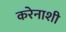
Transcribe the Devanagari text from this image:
करेनाशी